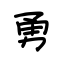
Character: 勇